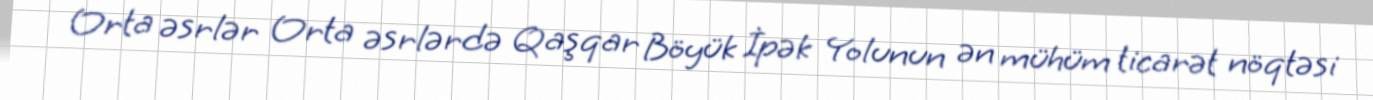
Orta əsrlər Orta əsrlərdə Qaşqar Böyük İpək Yolunun ən mühüm ticarət nöqtəsi